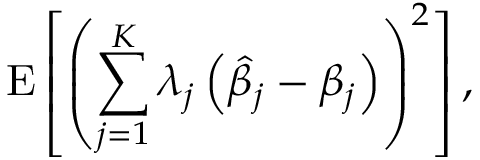
\operatorname { E } \left[ \left( \sum _ { j = 1 } ^ { K } \lambda _ { j } \left( { \widehat { \beta } } _ { j } - \beta _ { j } \right) \right) ^ { 2 } \right] ,